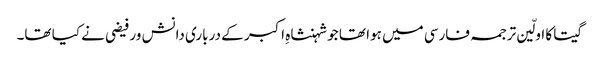
گیتا کا اولّین ترجمہ فارسی میں ہوا تھا جو شہنشاہِ اکبر کے درباری دانش ور فیضی نے کیا تھا۔